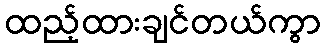
ထည့်ထားချင်တယ်ကွာ